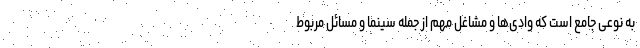
به نوعی جامع است که وادی‌ها و مشاغل مهم از جمله سینما و مسائل مربوط